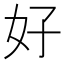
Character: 好